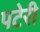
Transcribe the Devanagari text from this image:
पटेरी